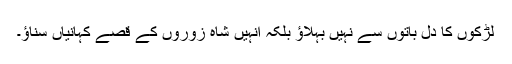
لڑکوں کا دل باتوں سے نہیں بہلاؤ بلکہ انہیں شاہ زوروں کے قصے کہانیاں سناؤ۔